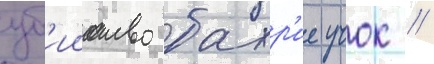
уб'ииство бахр'ие учок //